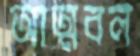
আত্মবল